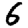
Digit: 6